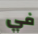
في